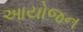
આયોજન